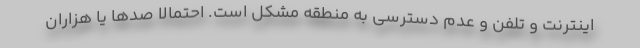
اینترنت و تلفن و عدم دسترسی به منطقه مشکل است. احتمالا صدها یا هزاران